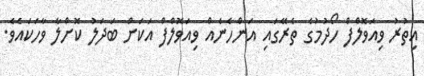
އިތުރު ވިއަވޮލްފް ހޯދުމުގެ ތެރޭގައި އަންހެނެއް ވިއަވޮލްފް އަކަށް ބަދަލު ކޮށްލާ ވާހަކައެވެ.